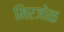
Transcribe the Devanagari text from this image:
मिरजोळ